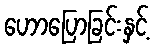
ဟောပြောခြင်းနှင့်